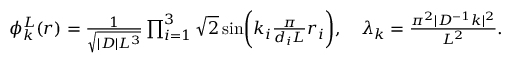
\begin{array} { r } { \phi _ { k } ^ { L } ( r ) = \frac { 1 } { \sqrt { | D | L ^ { 3 } } } \prod _ { i = 1 } ^ { 3 } \sqrt { 2 } \sin \biggr ( k _ { i } \frac { \pi } { d _ { i } L } r _ { i } \biggr ) , \quad \lambda _ { k } = \frac { \pi ^ { 2 } | D ^ { - 1 } k | ^ { 2 } } { L ^ { 2 } } . } \end{array}